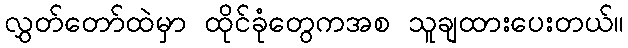
လွှတ်တော်ထဲမှာ ထိုင်ခုံတွေကအစ သူချထားပေးတယ်။